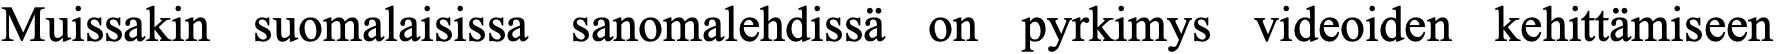
Muissakin suomalaisissa sanomalehdissä on pyrkimys videoiden kehittämiseen